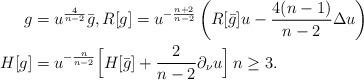
LaTeX: \begin{align*}g &= u^\frac 4{n-2}\bar g, R[g] = u^{-\frac{n+2}{n-2}} \left(R[\bar{g}] u - \frac {4(n-1)}{n-2}\Delta u \right) \\H[g]& =u^{-\frac n {n-2}} \Big[H[\bar g] + \frac{2}{n-2}\partial_\nu u \Big] \, n\ge3. \end{align*}